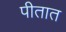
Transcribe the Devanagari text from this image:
पीतात